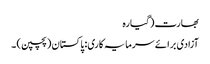
بھارت (گیارہ
آزادی برائے سرمایہ کاری: پاکستان (پچپن) ۔